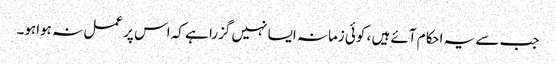
جب سے یہ احکام آئے ہیں ، کوئی زمانہ ایسا نہیں گزرا ہے کہ اس پر عمل نہ ہواہو۔